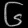
Digit: ၆